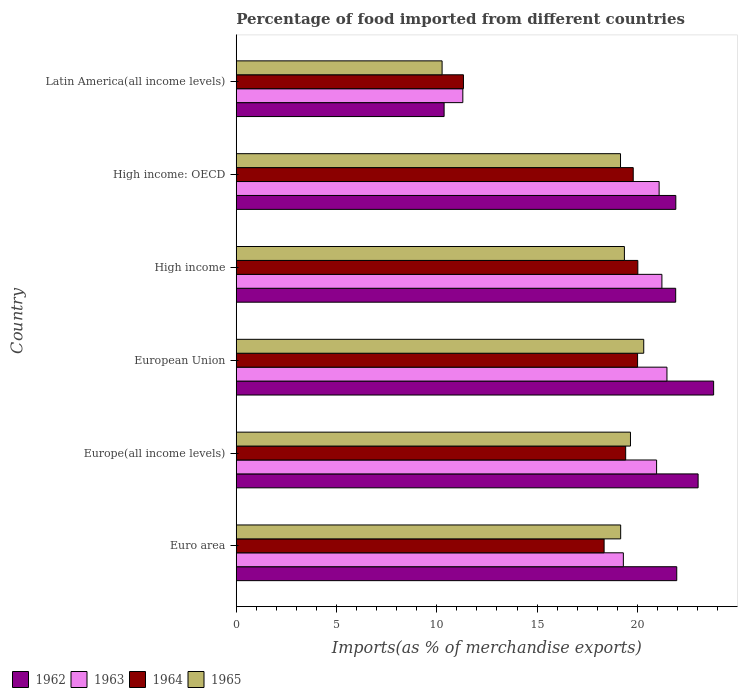
| Country | 1962 | 1963 | 1964 | 1965 |
 | --- | --- | --- | --- | --- |
 | Euro area | 22 | 19.3 | 18.3 | 19.2 |
 | Europe(all income levels) | 23 | 21 | 19.4 | 19.7 |
 | European Union | 23.8 | 21.5 | 20 | 20.3 |
 | High income | 21.9 | 21.2 | 20 | 19.4 |
 | High income: OECD | 21.9 | 21.1 | 19.8 | 19.2 |
 | Latin America(all income levels) | 10.4 | 11.3 | 11.3 | 10.3 |